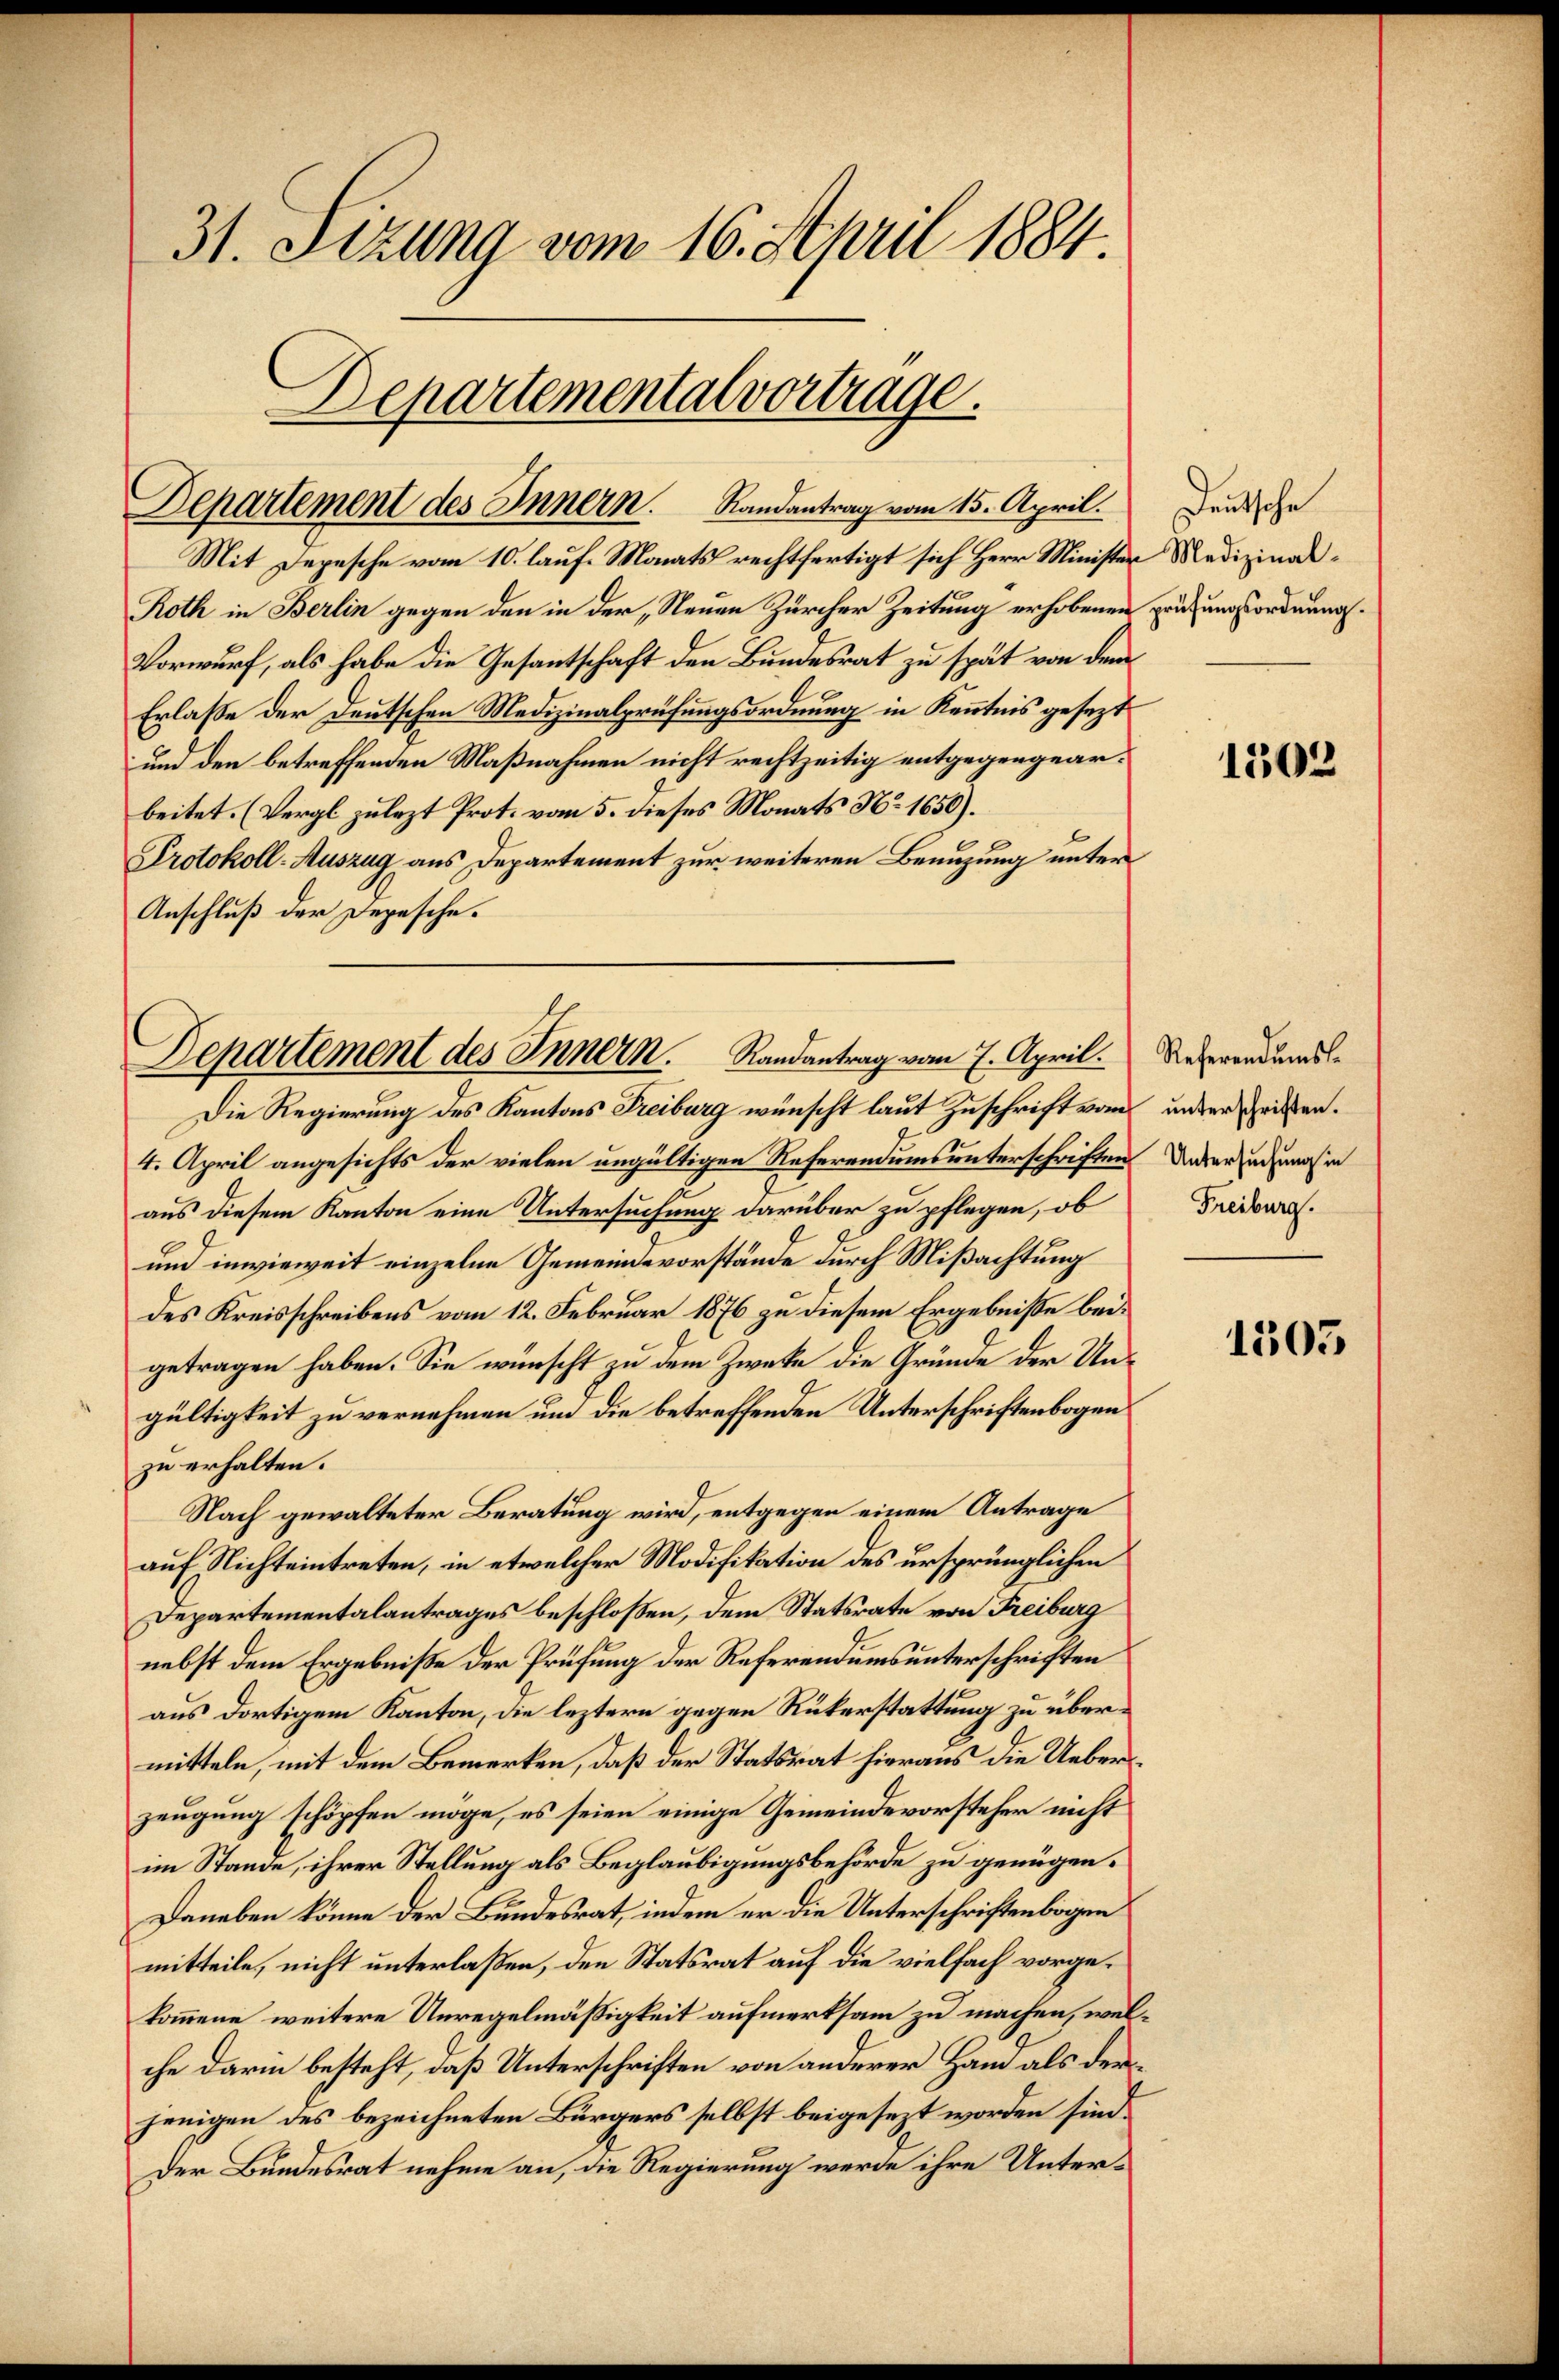
31. Sizung vom 16. April 1884.
Departemental vortrage.

Departement des Innern. Randantrag vom 15. April.

Mit Depesche vom 10. lauf. Monats rechtfertigt sich Herr Minister Medizinal¬
Roth in Berlin gegen den in der „Neuen Zürcher Zeitung erhobenen prüfungsordnung.
Vorwurf, als habe die Gesantschaft den Bundesrat zu spät von dem
Erlasse der Deutschen Medizinalprüfungsordnung in Kenntnis gesezt
und den betreffenden Maßnahmen nicht rechtzeitig entgegengearbeitet. (Vergl zulezt Prot. vom 5. dieses Monats No 1650).
Protokoll-Auszug aus Departement zur weiteren Benuzung unter
Anschluß der Depesche.

Die Regierung des Kantons Freiburg wünscht laut Zuschrift vom anderseiten.
4. April angesichts der vielen ungültigen Referendums unterschriften dederzugungen
aus diesem Kanton eine Untersuchung darüber zu pflegen, ob
und inwieweit einzelne Gemeindevorstände durch Mißachtung
des Kreisschreibens vom 12. Februar 1876 zu diesem Ergebniße beigetragen haben. Sie wünscht zu dem Zweke die Gründe der Ungültigkeit zu vernehmen um die betreffenden Unterschriftenbogen
zu erhalten.
Nach gewalteter Beratung wird, entgegen einem Antrage
auf Nichteintreten, in etwelcher Modifikation des ursprünglichen
Departementalantrages beschloßen, dem Statsrate von Freiburg
nebst dem Ergebniße der Prüfung der Referendums unterschriften
aus dortigem Kanton, die leztern gegen Rükerstattung zu übermitteln, mit dem Bemerken, daß der Statsrat hieraus die Ueberzeugung schöpfen möge, es seien einige Gemeindevorsteher nicht
im Stande, ihrer Stellung als Beglaubigungsbehörde zu genügen.
Daneben könne der Bundesrat, indem er die Unterschriftenbogen
mitteile, nicht unterlaßen, den Statsrat auf die vielfach vorgekommene weitere Unregelmässigkeit aufmerksam zu machen, welche darin besteht, daß Unterschriften von anderer Hand als der
jenigen des bezeichneten Bürgers selbst beigesezt worden sind.
Der Bundesrat nehme an, die Regierung werde ihre Unter¬

Departement des Innern. Randantrag vom 7. April.

Deutsche

1502

Referendums
Freiburg.

1505